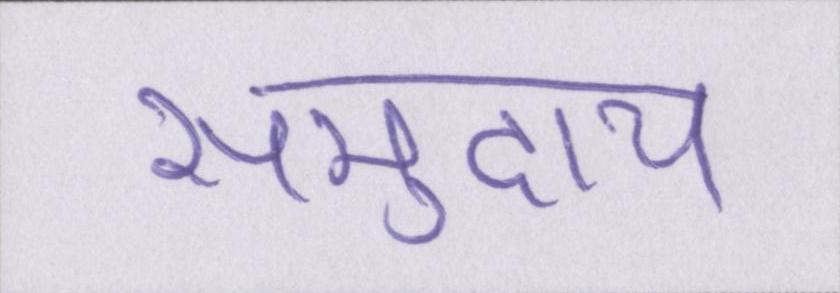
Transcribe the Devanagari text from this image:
समुदाय